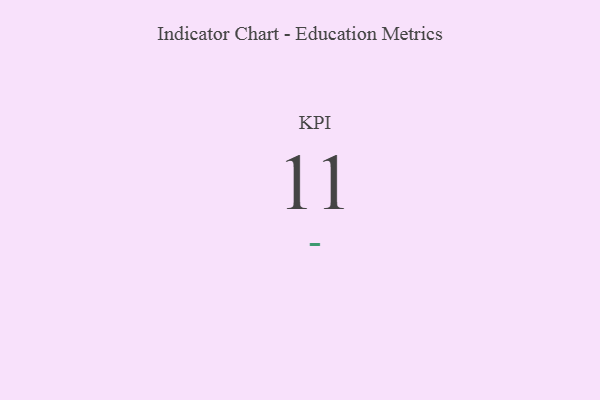
{"axis": {"x": "KPI", "y": "Value"}, "legend": [""], "data": [{"x": "KPI", "y": 11, "type": ""}]}